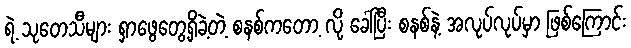
ရဲ့ သုတေသီများ ရှာဖွေတွေ့ရှိခဲ့တဲ့ စနစ်ကတော့ လို့ ခေါ်ပြီး စနစ်နဲ့ အလုပ်လုပ်မှာ ဖြစ်ကြောင်း